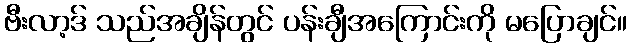
ဗီးလာ့ဒ် သည်အချိန်တွင် ပန်းချီအကြောင်းကို မပြောချင်။